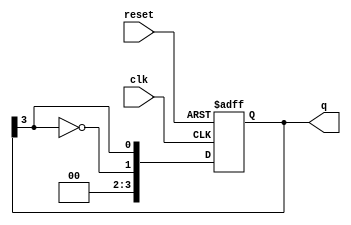
module johnson_counter #(
    parameter N = 4  // Number of flip-flops
)(
    input wire clk,      // Clock input
    input wire reset,    // Asynchronous reset
    output reg [N-1:0] q // Output state of the counter
);

// Always block triggered on the rising edge of the clock or reset
always @(posedge clk or posedge reset) begin
    if (reset) begin
        // Reset the counter to 0
        q <= 0;
    end else begin
        // Johnson counter logic
        q <= {~q[N-1], q[N-1:N-1]}; // Shift and feedback inverted last bit
    end
end

endmodule